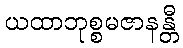
ယထာဘုစ္စမဇာနန္တီ